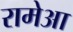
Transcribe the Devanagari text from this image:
रामेआ